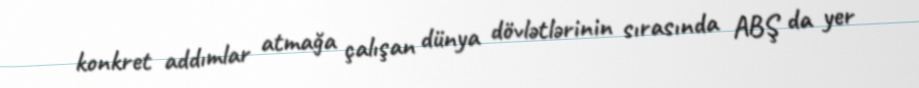
konkret addımlar atmağa çalışan dünya dövlətlərinin sırasında ABŞ da yer